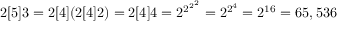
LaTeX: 2 [ 5 ] 3 = 2 [ 4 ] ( 2 [ 4 ] 2 ) = 2 [ 4 ] 4 = 2 ^ { 2 ^ { 2 ^ { 2 } } } = 2 ^ { 2 ^ { 4 } } = 2 ^ { 1 6 } = 6 5 , 5 3 6